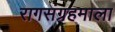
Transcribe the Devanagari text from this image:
रागसंग्रहमाला